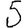
Digit: 5